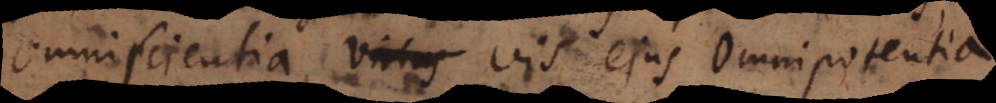
omniscientia, vis ejus omnipotentia.